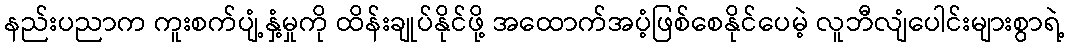
နည်းပညာက ကူးစက်ပျံ့နှံ့မှုကို ထိန်းချုပ်နိုင်ဖို့ အထောက်အပံ့ဖြစ်စေနိုင်ပေမဲ့ လူဘီလျံပေါင်းများစွာရဲ့